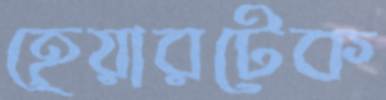
হেয়ারটেক